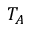
T _ { A }